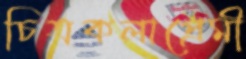
চিত্রকলাপ্রেমী